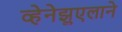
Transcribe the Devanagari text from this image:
व्हेनेझुएलाने